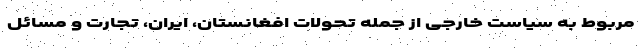
مربوط به سیاست خارجی از جمله تحولات افغانستان، ایران، تجارت و مسائل